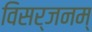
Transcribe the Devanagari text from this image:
विसर्जनम्